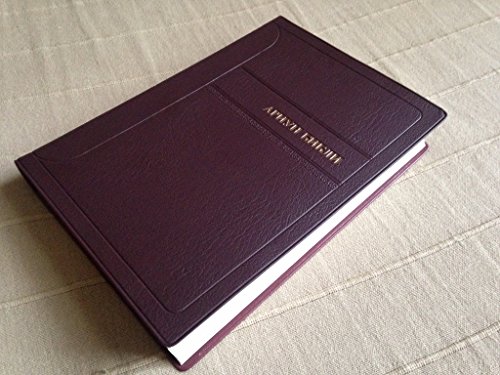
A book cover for Mongolian Bible / ÐEÑÐ¸ÑEÐ½ ÐEÐ¸Ð±Ð»Ð¸ / New Updated Translation / Ariun Bibli 062 / 2014 Release and Print / ÐEÑÐ¸ÑEÐ½ ÐEÐ¸Ð±Ð»Ð¸ / Color Maps / Book Introductions / Burgundy or Blue PVC Cover; Travel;